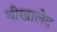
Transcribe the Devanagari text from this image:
थीखालेद